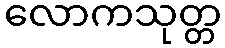
လောကသုတ္တ